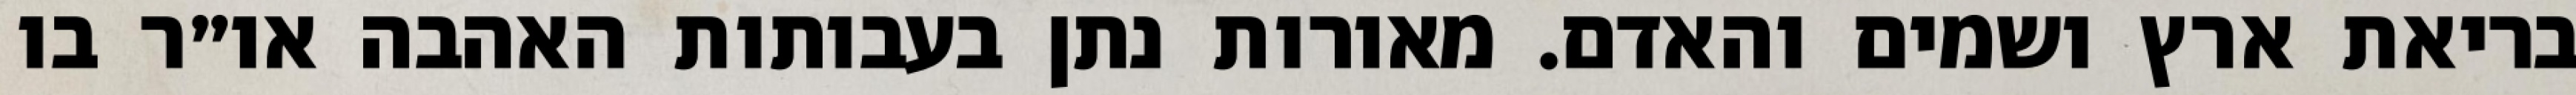
בריאת ארץ ושמים והאדם. מאורות נתן בעבותות האהבה או״ר בו